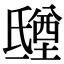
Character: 𣱑